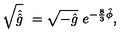
\sqrt { \hat { \hat { g } } } \ = \sqrt { - \hat { g } } \ e ^ { - \frac { 8 } { 3 } \hat { \phi } } ,